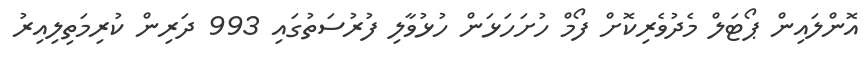
އޮންލައިން ޕޯޓަލް މެދުވެރިކޮށް ފޯމް ހުށަހަޅަން ހުޅުވާލި ފުރުސަތުގައި 993 ދަރިން ކުރިމަތިލިއިރު